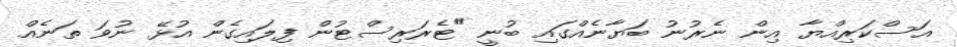
އަސްކަރިއްޔާ އިން ނެރުނު ބަޔާނެއްގައި ބުނީ "ޓެރަރިސްޓުން ފިލައިގެން އުޅޭ ނުވަ ތަނެއް